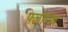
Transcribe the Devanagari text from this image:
फ्लॉपच